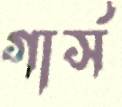
গার্স